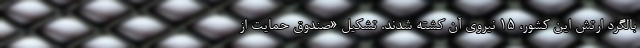
بالگرد ارتش این کشور، ۱۵ نیروی آن کشته شدند. تشکیل «صندوق حمایت از